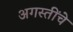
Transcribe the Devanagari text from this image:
अगस्तींचे